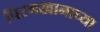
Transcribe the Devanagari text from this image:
पिरमखानाच्या